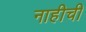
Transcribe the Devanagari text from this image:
नाहीची